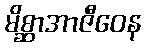
မိစ္ဆာအာဇီဝေန